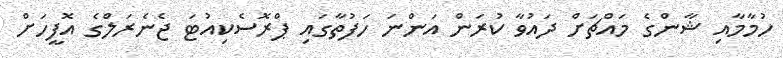
ހުމާމާއި ޝާންގެ މައްޗަށް ދައުވާ ކުރަން އަންނަ ހަފުތާގައި ޕްރޮސެކިއުޓަ ޖެނެރަލްގެ އޮފީހަށް